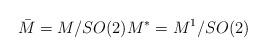
LaTeX: \begin{align*}\bar{M}=M/SO(2)M^{\ast}=M^{1}/SO(2) \end{align*}